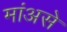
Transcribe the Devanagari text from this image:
मांअसे